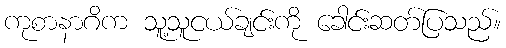
ကုစာနာဂိက သူ့သူငယ်ချင်းကို ခေါင်းဆတ်ပြသည်။